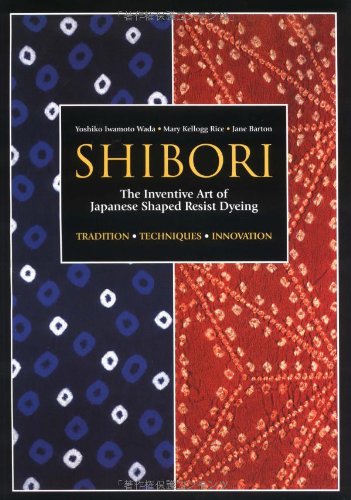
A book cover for Shibori: The Inventive Art of Japanese Shaped Resist Dyeing; Yoshiko Iwamoto Wada; Crafts, Hobbies & Home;